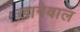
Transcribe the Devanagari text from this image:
ख़ानेवाल